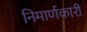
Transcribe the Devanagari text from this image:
निमार्णकारी